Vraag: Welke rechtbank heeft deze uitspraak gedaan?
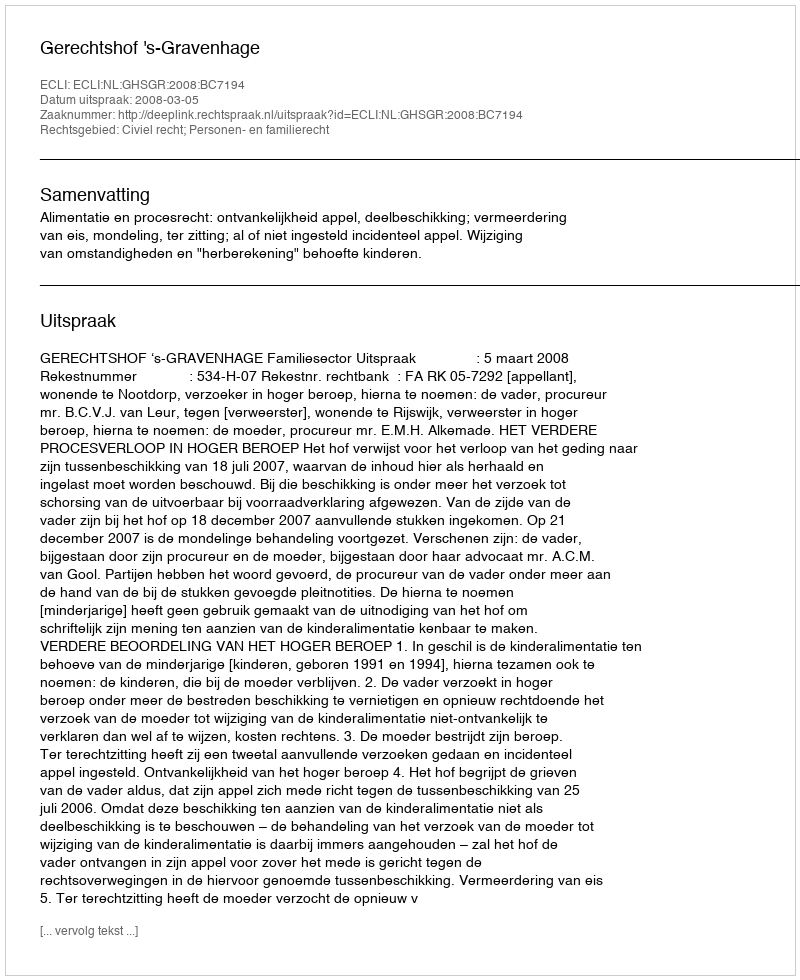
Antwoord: Gerechtshof 's-Gravenhage